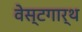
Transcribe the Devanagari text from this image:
वेस्टगार्थ